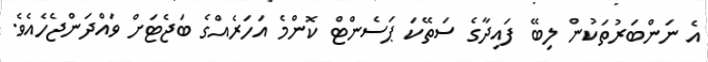
އެ ނަންބަރުތަކުން ލިބޭ ފައިދާގެ ސަތޭކަ ޕަސެންޓް ކޮންމެ އަހަރެއްގެ ބަޖެޓަށް ވައްދަންޖެހެއެވެ.